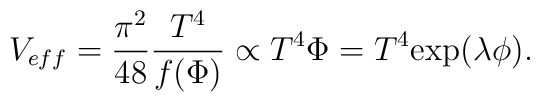
V_{eff} = \frac{\pi^2}{48} \frac{T^4}{f(\Phi)} \propto T^4 \Phi = T^4  {\rm exp}(\lambda \phi).